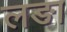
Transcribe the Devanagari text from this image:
लङा